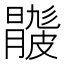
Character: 𥀦